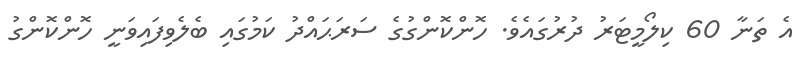
އެ ތަނާ 60 ކިލޯމީޓަރު ދުރުގައެވެ. ހޮންކޮންގުގެ ސަރަޙައްދު ކަމުގައި ބެލެވިފައިވަނީ ހޮންކޮންގު